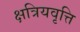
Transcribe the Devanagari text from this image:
क्षत्रियवृत्ति